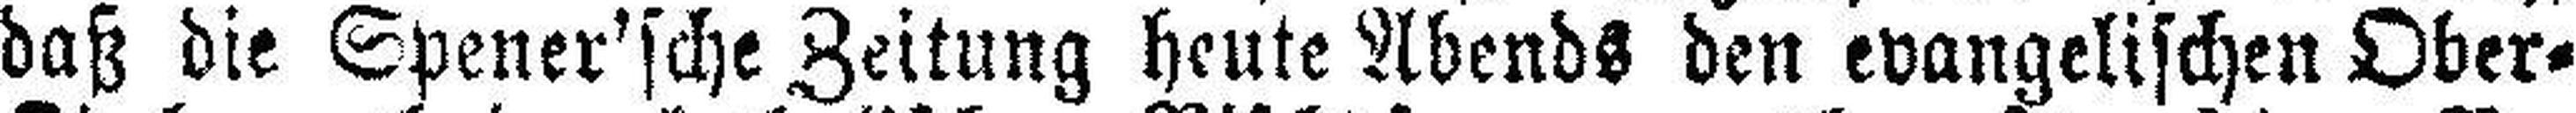
daß die Spener'sche Zeitung heute Abends den evangelischen Ober=